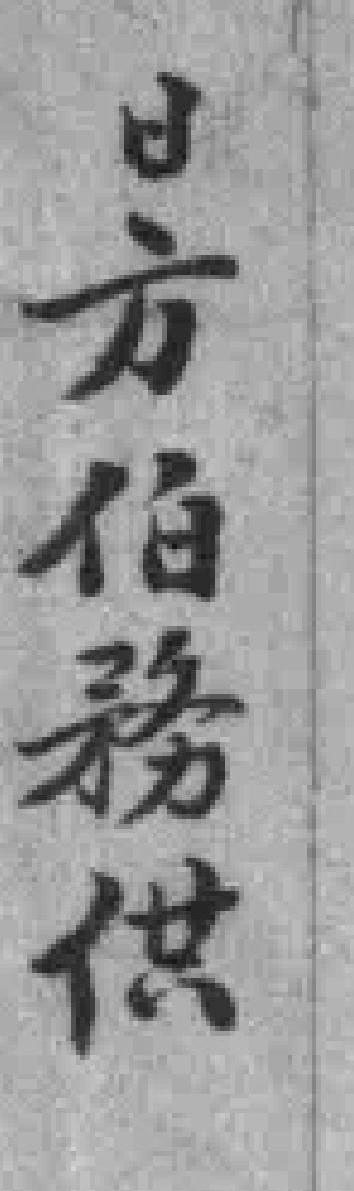
日方伯務供